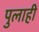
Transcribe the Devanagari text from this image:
पुलाही